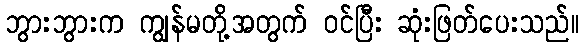
ဘွားဘွားက ကျွန်မတို့အတွက် ဝင်ပြီး ဆုံးဖြတ်ပေးသည်။